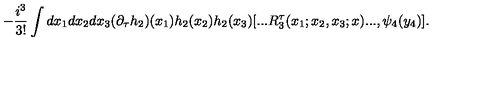
- \frac { i ^ { 3 } } { 3 ! } \int d x _ { 1 } d x _ { 2 } d x _ { 3 } ( \partial _ { \tau } h _ { 2 } ) ( x _ { 1 } ) h _ { 2 } ( x _ { 2 } ) h _ { 2 } ( x _ { 3 } ) [ . . . R _ { 3 } ^ { \tau } ( x _ { 1 } ; x _ { 2 } , x _ { 3 } ; x ) . . . , \psi _ { 4 } ( y _ { 4 } ) ] .